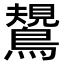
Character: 𪄯